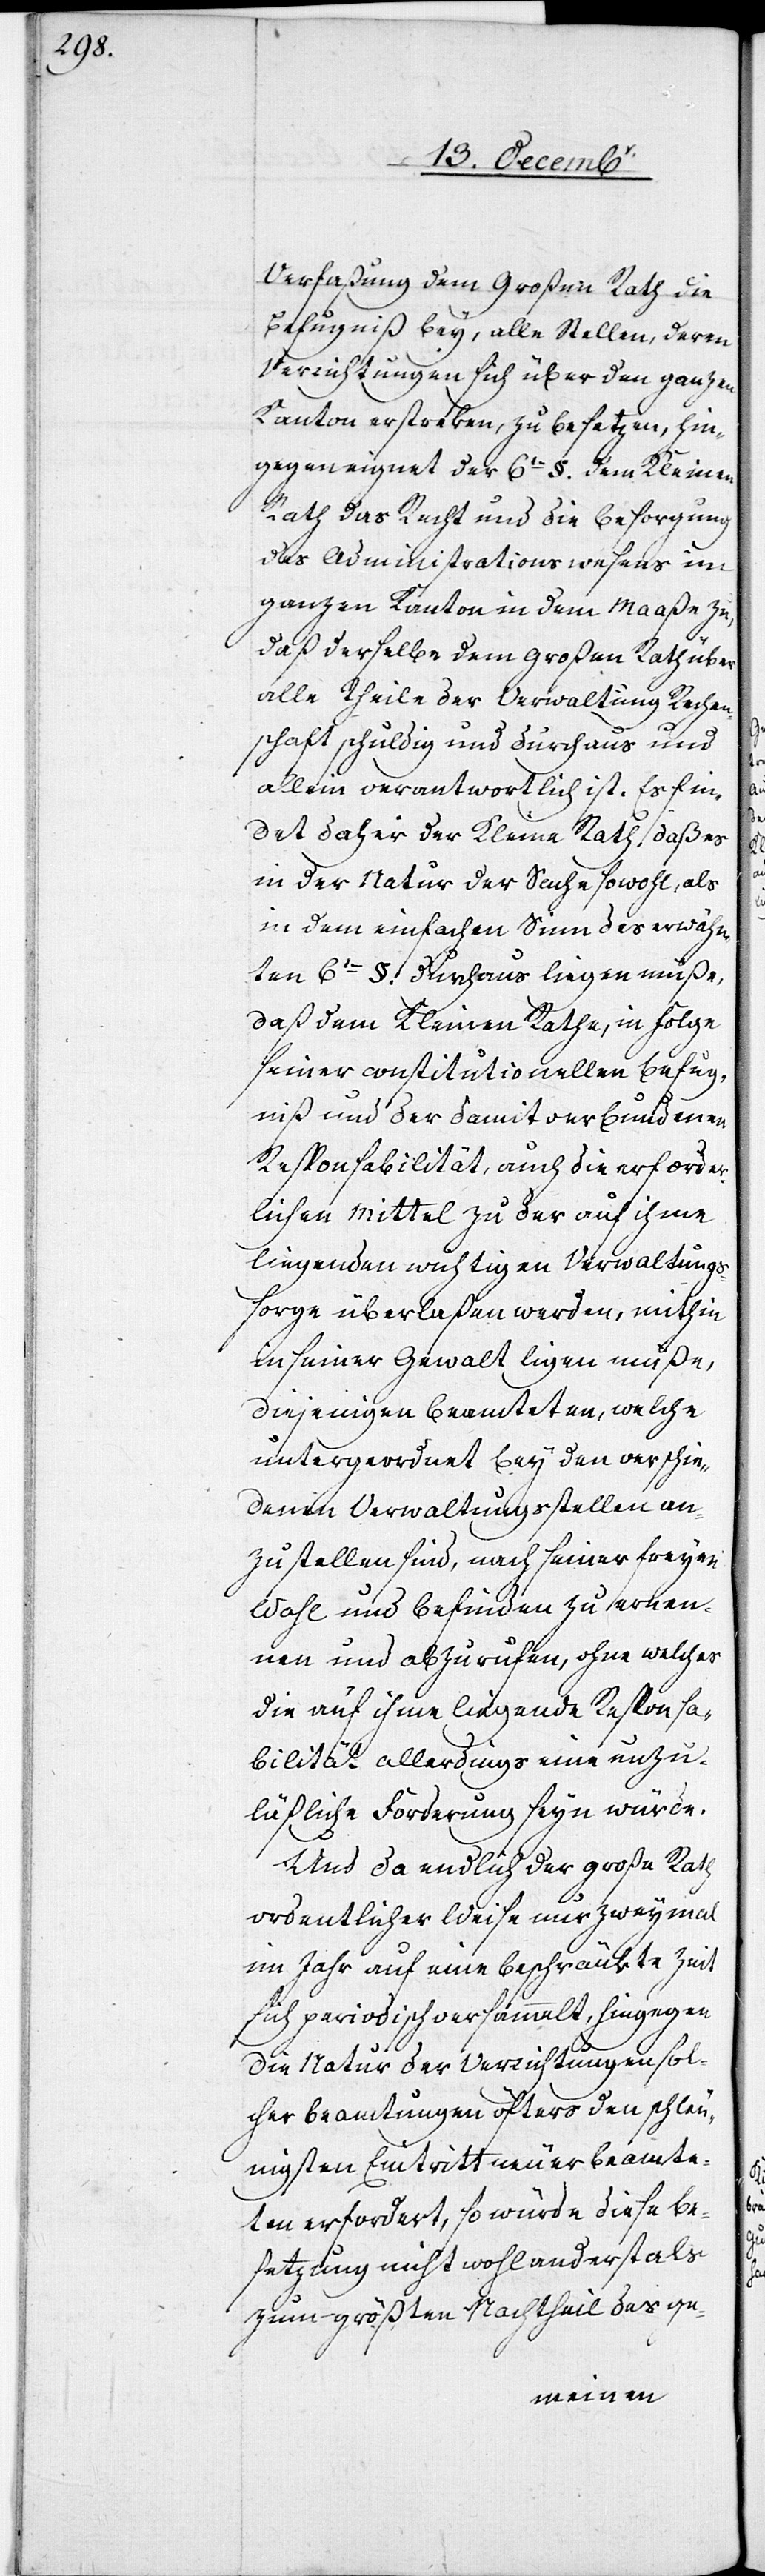
Verfaßung dem Großen Rath die
Befugniß bey, alle Stellen, deren
Verrichtungen sich über den ganzen
Kanton erstreken, zu besetzen, hin¬
gegen eignet der 6te §. dem Kleinen
Rath das Recht und die Besorgung
des Administrationswesens im
ganzen Kanton in dem Maaße zu,
daß derselbe dem Großen Rath über
alle Theile der Verwaltung Rechen¬
schaft schuldig und durchaus und
allein verantwortlich ist. Es fin¬
det daher der Kleine Rath, daß es
in der Natur der Sache sowohl, als
in dem einfachen Sinn des erwähn¬
ten 6ten §. durchaus liegen müße,
daß dem Kleinen Rathe, in Folge
seiner constitutionellen Befug¬
niß und der damit verbundenen
Responsabilität, auch die erforder¬
lichen Mittel zu der auf ihme
liegenden wichtigen Verwaltungs¬
sorge überlaßen werden, mithin
in seiner Gewalt ligen müße,
diejenigen Beamteten, welche
untergeordnet bey den verschie¬
denen Verwaltungsstellen an¬
zustellen sind, nach seiner freyen
Wohl und Befinden zu ernen¬
nen und abzurufen, ohne welches
die auf ihme liegende Responsa¬
bilität allerdings eine unzu¬
läßliche Forderung seyn würde.
Und da endlich der große Rath
ordentlicher Weise nur zweymal
im Jahr auf eine beschränkte Zeit
sich periodisch versammelt, hingegen
die Natur der Verrichtungen sol¬
cher Beamtungen öfters den schleu¬
nigsten Eintritt neuer Beamte¬
ter erfordert, so würde diese Be¬
setzung nicht wohl anderst als
zum größten Nachtheil des ge-